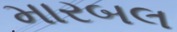
મારબલ